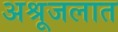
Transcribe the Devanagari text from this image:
अश्रूजलात